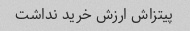
پیتزاش ارزش خرید نداشت